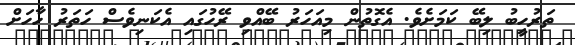
ތަރުހީބު ލިބޭ ކަމަށެވެ. އެގޮތުން މިއަހަރު ބޭއްވި ރޭހުގައި އެކަނިވެސް ހަތަރު ހާހަށް